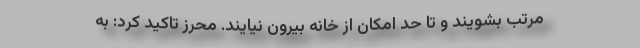
مرتب بشویند و تا حد امکان از خانه بیرون نیایند. محرز تاکید کرد: به